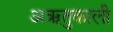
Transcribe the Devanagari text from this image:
अऋतुकाली